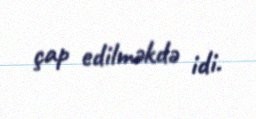
çap edilməkdə idi.